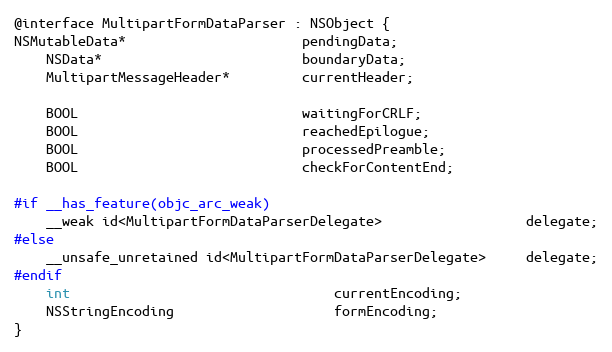
Language: C
@interface MultipartFormDataParser : NSObject {
NSMutableData*                      pendingData;
    NSData*                         boundaryData;
    MultipartMessageHeader*         currentHeader;

    BOOL                            waitingForCRLF;
    BOOL                            reachedEpilogue;
    BOOL                            processedPreamble;
    BOOL                            checkForContentEnd;

#if __has_feature(objc_arc_weak)
    __weak id<MultipartFormDataParserDelegate>                  delegate;
#else
    __unsafe_unretained id<MultipartFormDataParserDelegate>     delegate;
#endif
    int                                 currentEncoding;
    NSStringEncoding                    formEncoding;
}